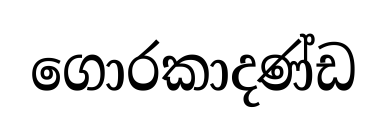
ගොරකාදණ්ඩ